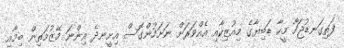
ފަތިގަނޑުޖަހާ މީހާ ޑަބިޔާގެ މިއުޒިކާއި އެއްވަރަށް ނަށަމުންގޮސް އިށީނދެ އިންނަ މޭޒުމަތިން ބިމާއި